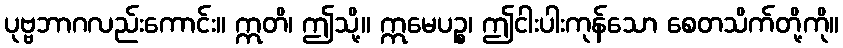
ပုဗ္ဗဘာဂလည်းကောင်း။ ဣတိ၊ ဤသို့။ ဣမေပဉ္စ၊ ဤငါးပါးကုန်သော စေတသိက်တို့ကို။